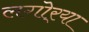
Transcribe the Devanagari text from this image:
लगोर्‍या